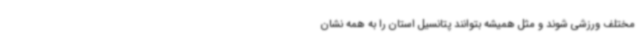
مختلف ورزشی شوند و مثل همیشه بتوانند پتانسیل استان را به همه نشان